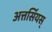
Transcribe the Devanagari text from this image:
अत्तर्सियस्